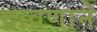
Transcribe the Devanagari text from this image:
द्रावणाने